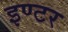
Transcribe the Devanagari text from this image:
इण्‍टर